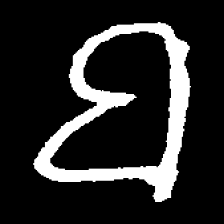
Pyu character \u2014 Myanmar letter: ဗ (romanized: ba)